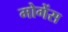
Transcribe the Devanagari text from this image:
मोगेंस